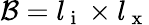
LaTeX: \mathcal{B}=l_{\mathrm{~i~}}\times l_{\mathrm{~x~}}